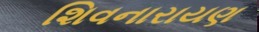
શિવનારાયણ